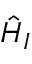
\hat { H } _ { I }